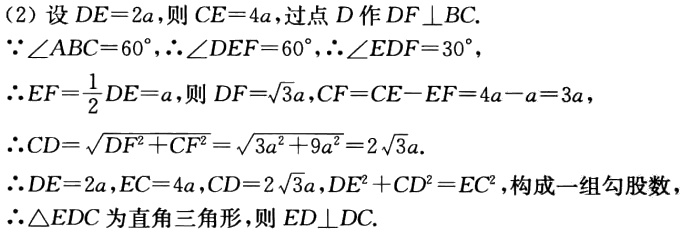
(2) 设 \(DE = 2a\)，则 \(CE = 4a\)，过点 \(D\) 作 \(DF\perp BC\).

\(\because\angle ABC = 60^{\circ},\therefore\angle DEF = 60^{\circ},\therefore\angle EDF = 30^{\circ}\)，

\(\therefore EF=\frac{1}{2}DE = a\)，则 \(DF = \sqrt{3}a\)，\(CF = CE - EF = 4a - a = 3a\)，

\(\therefore CD=\sqrt{DF^{2}+CF^{2}}=\sqrt{3a^{2}+9a^{2}} = 2\sqrt{3}a\).

\(\therefore DE = 2a\)，\(EC = 4a\)，\(CD = 2\sqrt{3}a\)，\(DE^{2}+CD^{2}=EC^{2}\)，构成一组勾股数，

\(\therefore\triangle EDC\) 为直角三角形，则 \(ED\perp DC\).